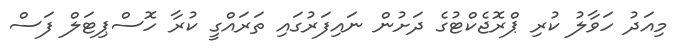
މިއަދު ހަވާލު ކުރި ޕްރޮޖެކްޓުގެ ދަށުން ނައިފަރުގައި ތަރައްގީ ކުރާ ހޮސްޕިޓަލް ފަސް